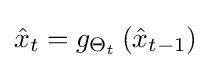
{\hat {x}}_{t}={g}_{{\mathrm {\Theta } }_{t}}\left({\hat {x}}_{t-1}\right)